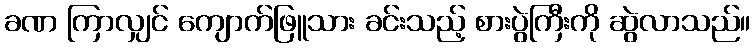
ခဏ ကြာလျှင် ကျောက်ဖြူသား ခင်းသည့် စားပွဲကြီးကို ဆွဲလာသည်။